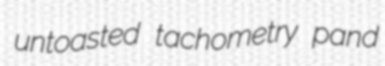
untoasted tachometry pand